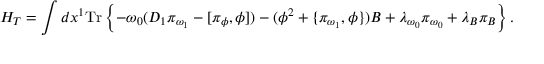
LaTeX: H _ { T } = \int d x ^ { 1 } \mathrm { T r } \left\{ - \omega _ { 0 } ( D _ { 1 } \pi _ { \omega _ { 1 } } - [ \pi _ { \phi } , \phi ] ) - ( \phi ^ { 2 } + \{ \pi _ { \omega _ { 1 } } , \phi \} ) B + \lambda _ { \omega _ { 0 } } \pi _ { \omega _ { 0 } } + \lambda _ { B } \pi _ { B } \right\} .